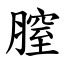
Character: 膣